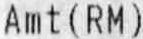
AMT (RM)